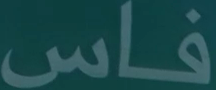
فاس